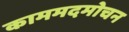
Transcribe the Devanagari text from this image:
काममदमोचन